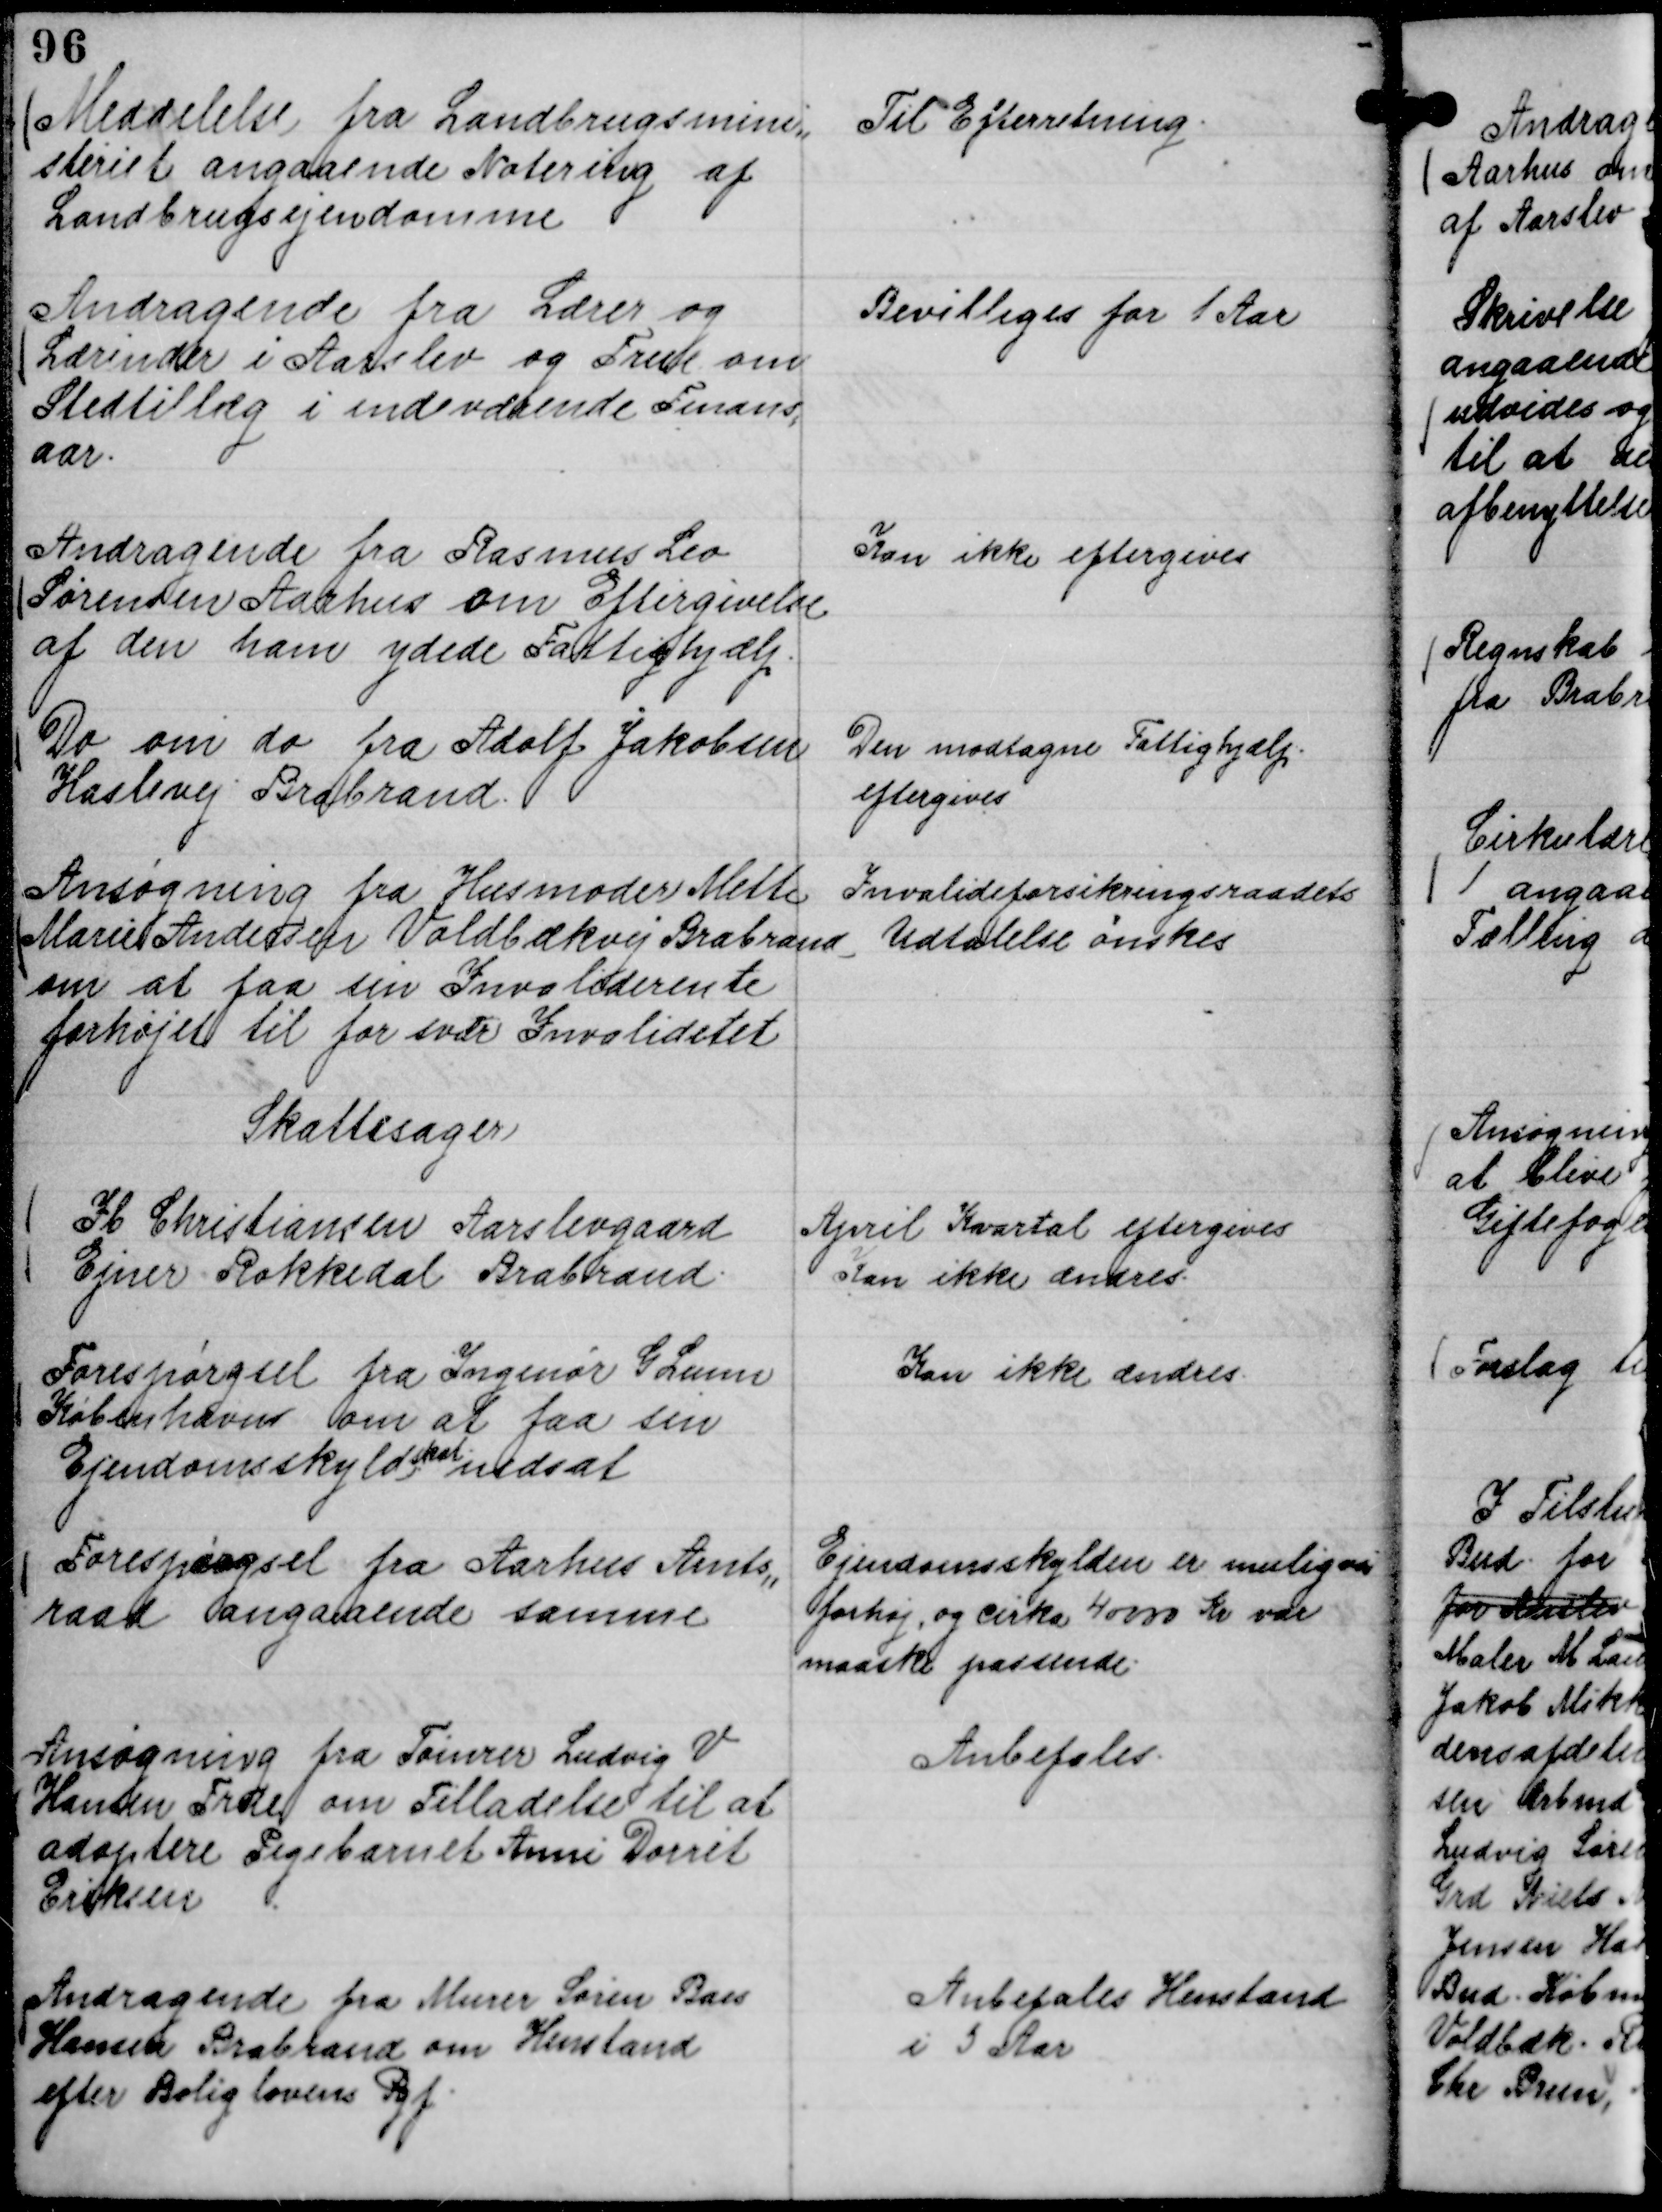
Transskription:
Meddelelse fra Landbrugsmini,,
steriet angaaende Notering af
Landbrugsejendomme

Til Efterretning.

Andragende fra Lærer og
Lærinder i Aarslev og True om
Stedtillæg i indeværende Finans,,
aar.

Bevilliges for 1 Aar

Andragende fra Rasmus Leo
Sørensen Aarhus om Eftergivelse
af den ham ydede Fattighjælp.

Kan ikke eftergives

Do om do fra Adolf Jakobsen
Haslevej Brabrand.

Den modtagne Fattighjælp
eftergives

Ansøgning fra Husmoder Mette
Marie Andersen Voldbækvej Brabrand
om at faa sin Invaliderente
forhøjet til for svær Invaliditet

Invalideforsikringsraadets
Udtalelse ønskes

Skattesager
Ib Christiansen Aarslevgaard
April Kvartal eftergives
Ejner Rokkedal Brabrand.
Kan ikke ændres.

Forespørgsel fra Ingeniør G Lunn
København om at faa sin
Ejendomsskyld
skat
nedsat

Kan ikke ændres.

Forespørgsel fra Aarhus Amts,,
raad angaaende samme .

Ejendomsskylden er muligvis
forhøj, og cirka 40000 Kr var
maaske passende.

Ansøgning fra Tømrer Ludvig V
Hansen True om Tilladelse til at
adoptere Pigebarnet Anni Dorrit
Eriksen

Anbefales.

Andragende fra Murer Søren Baes
Hansen Brabrand om Henstand
efter Boliglovens Pgf.

Anbefales Henstand
i 5 Aar